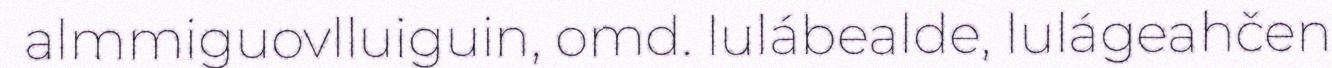
almmiguovlluiguin, omd. lulábealde, lulágeahčen